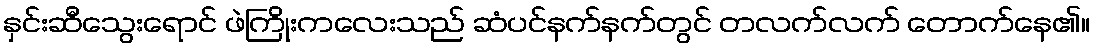
နှင်းဆီသွေးရောင် ဖဲကြိုးကလေးသည် ဆံပင်နက်နက်တွင် တလက်လက် တောက်နေ၏။